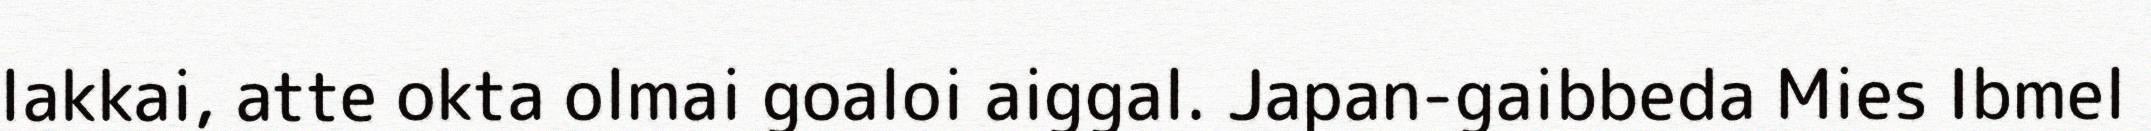
lakkai, atte okta olmai goaloi aiggal. Japan-gaibbeda Mies Ibmel